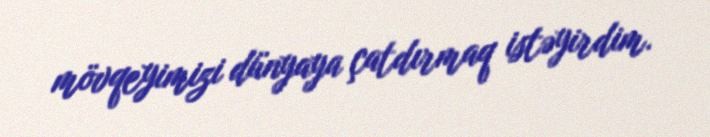
mövqeyimizi dünyaya çatdırmaq istəyirdim.